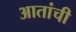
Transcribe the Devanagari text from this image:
आतांची